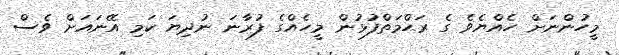
މީހުންނަށް ހެއްޔެވެ ގެ ރަޙްމަތްފުޅުން މީހެއްގެ ފުރާނަ ނުދިޔަ ކަމި އޭނައަށް ވެސް